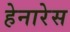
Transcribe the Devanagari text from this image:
हेनारेस